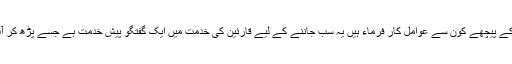
اور انکی کامیاب تنظیم کے پیچھے کون سے عوامل کار فرماء ہیں یہ سب جاننے کے لیے قارئین کی خدمت میں ایک گفتگو پیش خدمت ہے جسے پڑھ کر آپ سب کو خوشی ہو گی۔